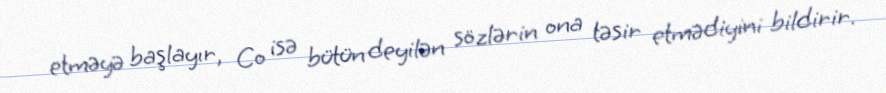
etməyə başlayır, Co isə bütün deyilən sözlərin ona təsir etmədiyini bildirir.